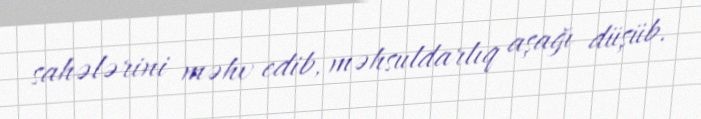
sahələrini məhv edib, məhsuldarlıq aşağı düşüb.